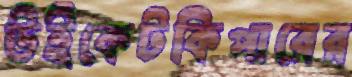
উইকেটকিপারের